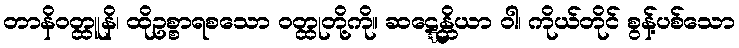
တာနိဝတ္ထူနိ၊ ထိုဥစ္စာရစသော ဝတ္ထုတို့ကို။ ဆဋ္ဋေန္တိယာ ဝါ၊ ကိုယ်တိုင် စွန့်ပစ်သော